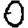
Digit: 0